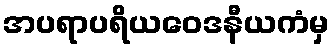
အပရာပရိယဝေဒနီယကံမှ